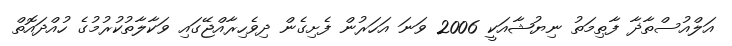
އަލްއުސްތާޛާ ފާޠިމަތު ނިޔުޝާއަކީ 2006 ވަނަ އަހަރުން ފެށިގެން ދިވެހިރާއްޖޭގައި ވަކާލާތުކުރުމުގެ ހުއްދައޮތް